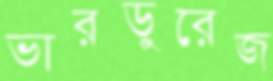
ভারডুরেজ